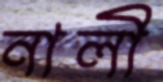
নালী